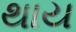
થાય